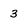
Character: 3